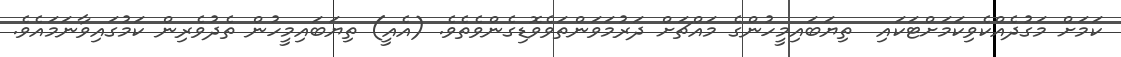
ކަމަށް މަގުދެއްކެވިކަމަށްޓަކައި  ތިޔަބައިމީހުންގެ މައްޗަށް ދަރުމަވަންތަވެވޮޑިގެންވެތެވެ. (އެއީ) ތިޔަބައިމީހުން ތެދުވެރިން ކަމުގައިވާނަމައެވެ.